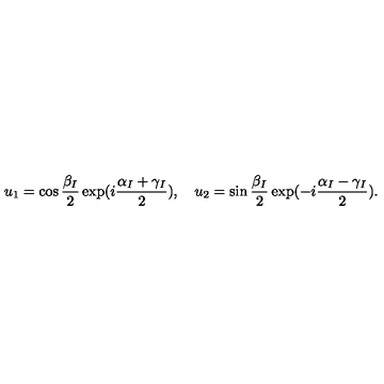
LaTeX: u _ { 1 } = \cos \frac { \beta _ { I } } { 2 } \exp ( i \frac { \alpha _ { I } + \gamma _ { I } } { 2 } ) , \quad u _ { 2 } = \sin \frac { \beta _ { I } } { 2 } \exp ( - i \frac { \alpha _ { I } - \gamma _ { I } } { 2 } ) .